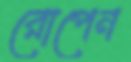
রোপেন